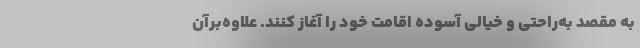
به مقصد به‌راحتی و خیالی آسوده اقامت خود را آغاز کنند. علاوه‌برآن